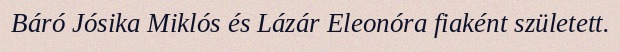
Báró Jósika Miklós és Lázár Eleonóra fiaként született.